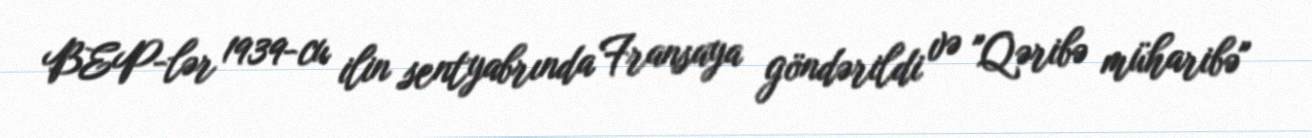
BEP-lər 1939-cu ilin sentyabrında Fransaya göndərildi və "Qəribə müharibə"